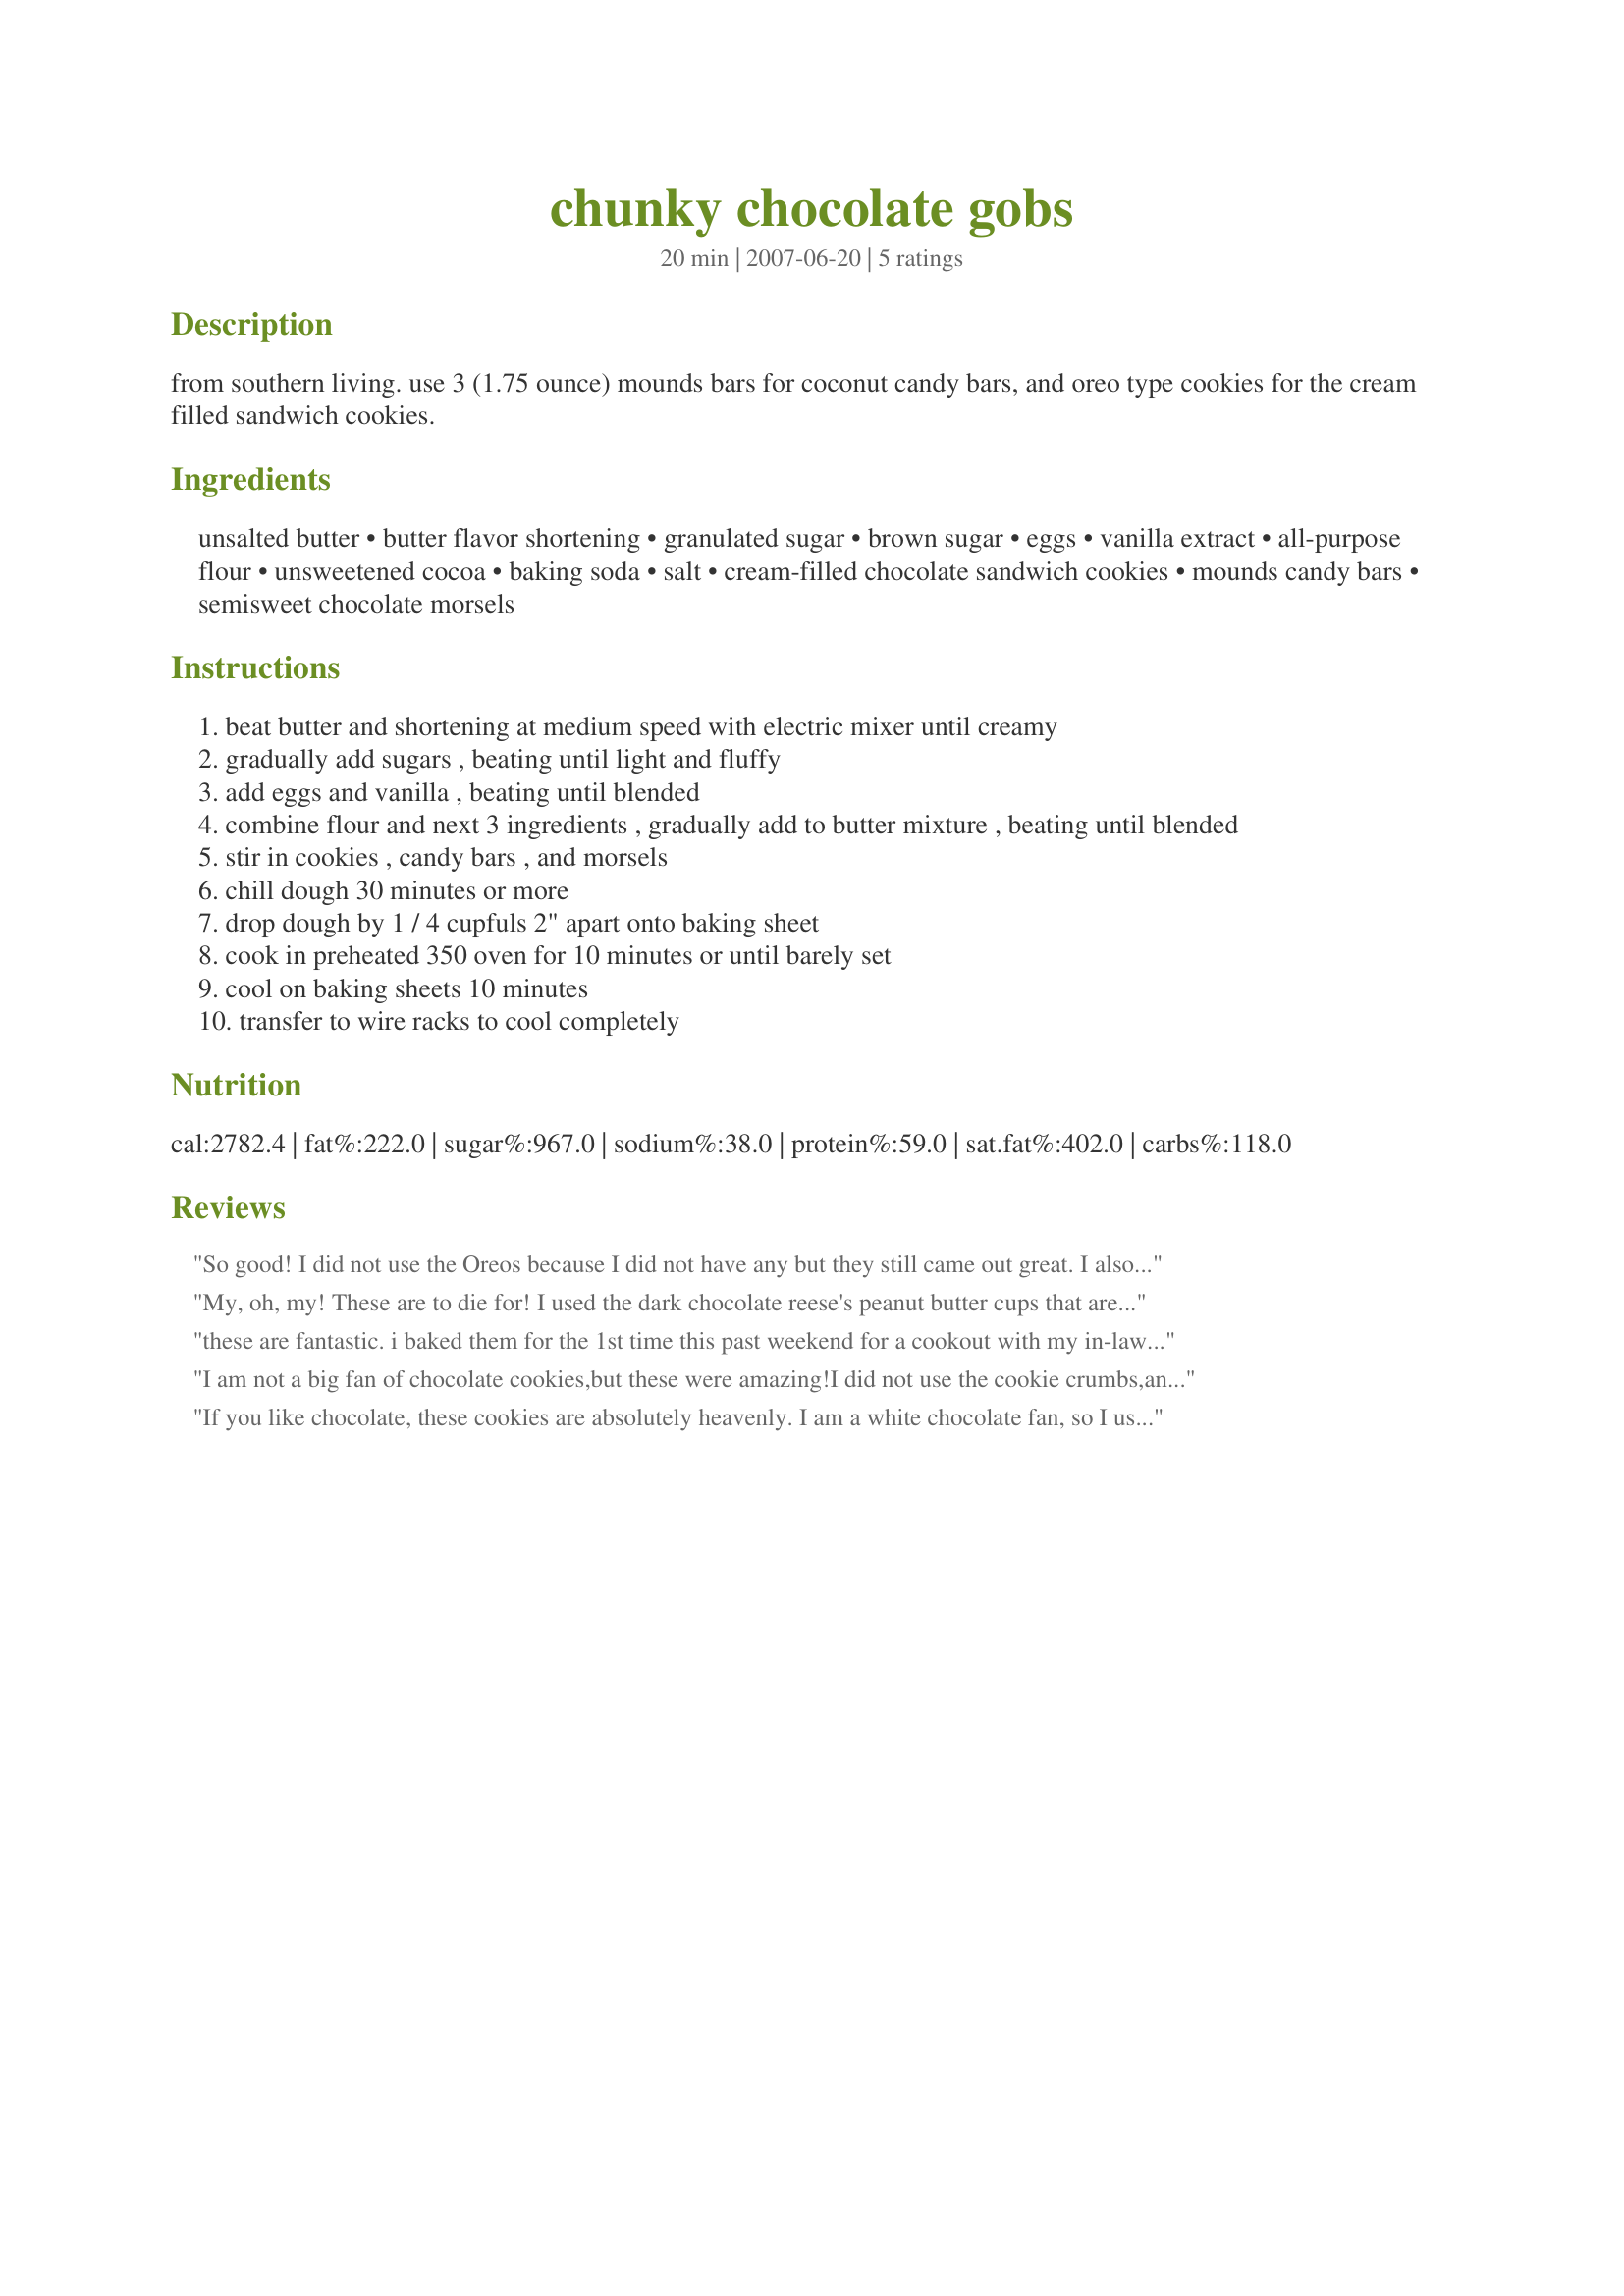
chunky chocolate gobs
Preparation time: 20 minutes

from southern living. use 3 (1.75 ounce) mounds bars for coconut candy bars, and oreo type cookies for the cream filled sandwich cookies.

Ingredients:
unsalted butter, butter flavor shortening, granulated sugar, brown sugar, eggs, vanilla extract, all-purpose flour, unsweetened cocoa, baking soda, salt, cream-filled chocolate sandwich cookies, mounds candy bars, semisweet chocolate morsels

Steps:
beat butter and shortening at medium speed with electric mixer until creamy
gradually add sugars , beating until light and fluffy
add eggs and vanilla , beating until blended
combine flour and next 3 ingredients , gradually add to butter mixture , beating until blended
stir in cookies , candy bars , and morsels
chill dough 30 minutes or more
drop dough by 1 / 4 cupfuls 2" apart onto baking sheet
cook in preheated 350 oven for 10 minutes or until barely set
cool on baking sheets 10 minutes
transfer to wire racks to cool completely

Reviews:
So good! I did not use the Oreos because I did not have any but they still came out great. I also made a variation of these with peanut butter cups instead of the mounds. Will definitley make again.
My, oh, my! These are to die for! I used the dark chocolate reese's peanut butter cups that are out now in place of the mounds. Chocoholics beware!! LOL! Thanks for posting this gem!!
these are fantastic. i baked them for the 1st time this past weekend for a cookout with my in-laws. I used a regular cookie scoop instead of 1/4 cup & then dusted powder sugar on top. My family has already informed me that these are now mandatory at every function! Very rich!
I am not a big fan of chocolate cookies,but these were amazing!I did not use the cookie crumbs,and they were great.
If you like chocolate, these cookies are absolutely heavenly. I am a white chocolate fan, so I used white chocolate bars instead of mounds candy bars. These are rich and incredibly delicious. They are worth every bit of effort it takes to make them.
